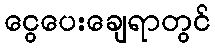
ငွေပေးချေရာတွင်